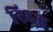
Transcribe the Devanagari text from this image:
रिब्ज़